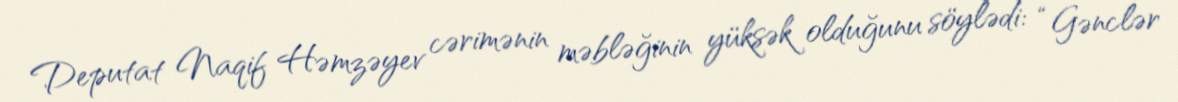
Deputat Naqif Həmzəyev cərimənin məbləğinin yüksək olduğunu söylədi: “Gənclər